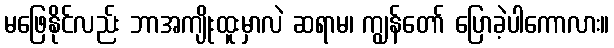
မဖြေနိုင်လည်း ဘာအကျိုးထူးမှာလဲ ဆရာမ၊ ကျွန်တော် ပြောခဲ့ပါကောလား။